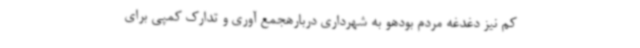
کم نیز دغدغه‌ مردم بودهو به شهرداری دربارهجمع آوری و تدارک کمپی برای